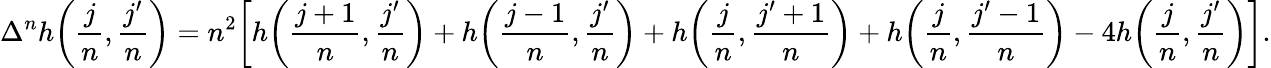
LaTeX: \Delta^{n}h\bigg(\frac{j}{n},\frac{j^{\prime}}{n}\bigg)=n^{2}\bigg[h\bigg(\frac{j+1}{n},\frac{j^{\prime}}{n}\bigg)+h\bigg(\frac{j-1}{n},\frac{j^{\prime}}{n}\bigg)+h\bigg(\frac{j}{n},\frac{j^{\prime}+1}{n}\bigg)+h\bigg(\frac{j}{n},\frac{j^{\prime}-1}{n}\bigg)-4h\bigg(\frac{j}{n},\frac{j^{\prime}}{n}\bigg)\bigg].